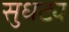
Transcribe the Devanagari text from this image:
सुधट्य